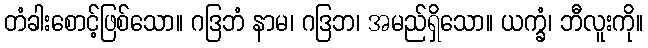
တံခါးစောင့်ဖြစ်သော။ ဂဒြဘံ နာမ၊ ဂဒြဘ၊ အမည်ရှိသော။ ယက္ခံ၊ ဘီလူးကို။